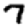
Digit: 7